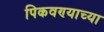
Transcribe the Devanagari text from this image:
पिकवण्याच्या